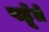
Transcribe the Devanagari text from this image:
पहूँते